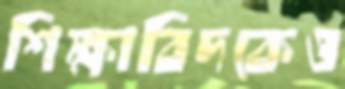
শিক্ষাবিদকেও